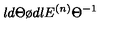
\l { d \Theta \o d \l } E ^ { ( n ) } { \Theta } ^ { - 1 }